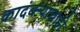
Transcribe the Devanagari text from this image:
कादंबऱ्यांचाही